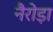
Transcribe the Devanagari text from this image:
नैरोड़ा